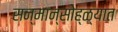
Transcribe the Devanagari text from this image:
सन्मान्सोह्ळ्यात